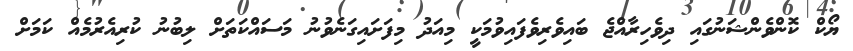
ޔޯކް ކޮންވެންޝަނުގައި ދިވެހިރާއްޖެ ބައިވެރިވެފައިވުމަކީ މިއަދު މިފަށައިގަނެވުނު މަސައްކަތަށް ލިބުނު ކުރިއެރުމެއް ކަމަށް